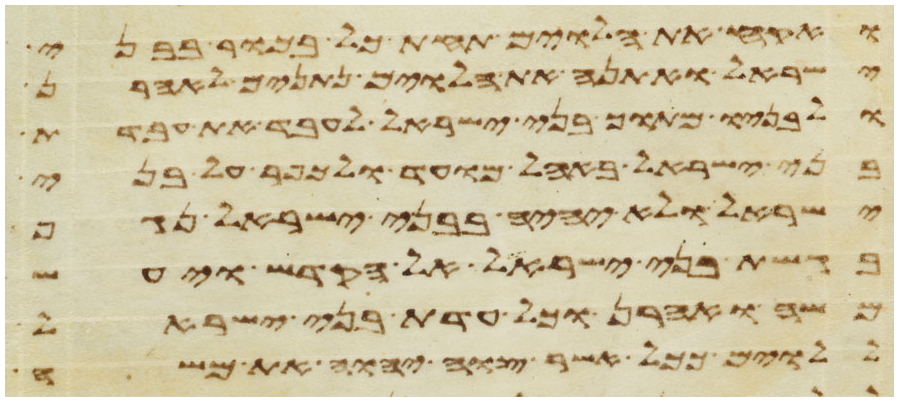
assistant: ואקח את הלוים תחת כל בכור בבני
ישראל ואתנה את הלוים נתנים לאהרן
ולבניו מתוך בני ישראל לעבד את עבדת
בני ישראל באהל מועד ולכפר על בני
ישראל ולא יהיה בבני ישראל נגף
בגשת בני ישראל אל הקדש ויעש
משה ואהרן וכל עדת בני ישראל
ללוים ככל אשר צוה יהוה את משה